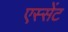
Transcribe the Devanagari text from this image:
एस्सेंट